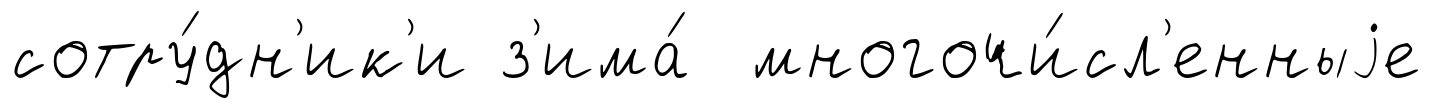
сотру́дн'ик'и з'има́ многочи́сл'енныjе